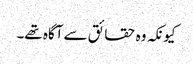
کیونکہ وہ حقائق سے آگاہ تھے۔